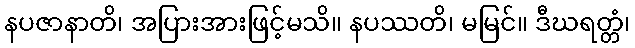
နပဇာနာတိ၊ အပြားအားဖြင့်မသိ။ နပဿတိ၊ မမြင်။ ဒီဃရတ္တံ၊